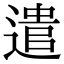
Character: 遣